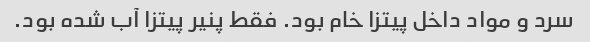
سرد و مواد داخل پیتزا خام بود. فقط پنیر پیتزا آب شده بود.